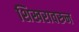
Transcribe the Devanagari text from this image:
शिखरावरुन